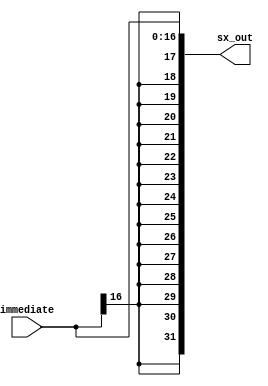
module sign_extension(immediate, sx_out);
	input[16:0] immediate;
	output [31:0] sx_out;
	assign sx_out[31:0] = {{15{immediate[16]}}, immediate[16:0]};
endmodule